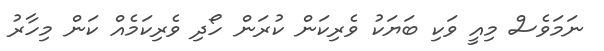
ނަމަވެސް މިއީ ވަކި ބަޔަކު ވެރިކަން ކުރަން ހޯދި ވެރިކަމެއް ކަން މިހާރު